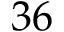
3 6